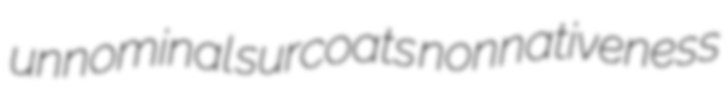
unnominal surcoats nonnativeness